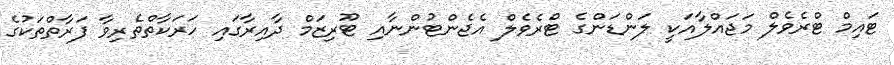
ޓައިމް ޓްރެވެލް މަޖައްލާއަކީ ލަންޑަންގެ ޓްރެވެލް އެޖެންޓުންނާއި ޓޫރިޒަމް ދާއިރާގައި ހަރަކާތްތެރިވާ ފަރާތްތަކުގެ